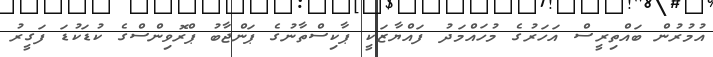
އުމުރުން ބައްތިރީސް އަހަރުގެ މުހައްމަދު ފައްޔާޒަކީ ޕާކިސްތާނުގެ ޕަންޖާބު ޕްރޮވިންސްގެ ކުޑަކުޑަ ފަގީރު